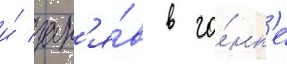
и́ зан'я́в в го́нк'е